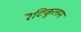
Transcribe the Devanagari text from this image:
रॆटिकुलम